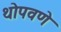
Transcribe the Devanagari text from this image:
थोपवणे